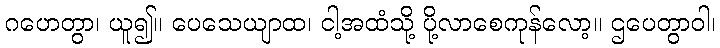
ဂဟေတွာ၊ ယူ၍။ ပေသေယျာထ၊ ငါ့အထံသို့ ပို့လာစေကုန်လော့။ ဌပေတွာဝါ၊